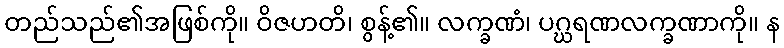
တည်သည်၏အဖြစ်ကို။ ဝိဇဟတိ၊ စွန့်၏။ လက္ခဏံ၊ ပဂ္ဃရဏလက္ခဏာကို။ န